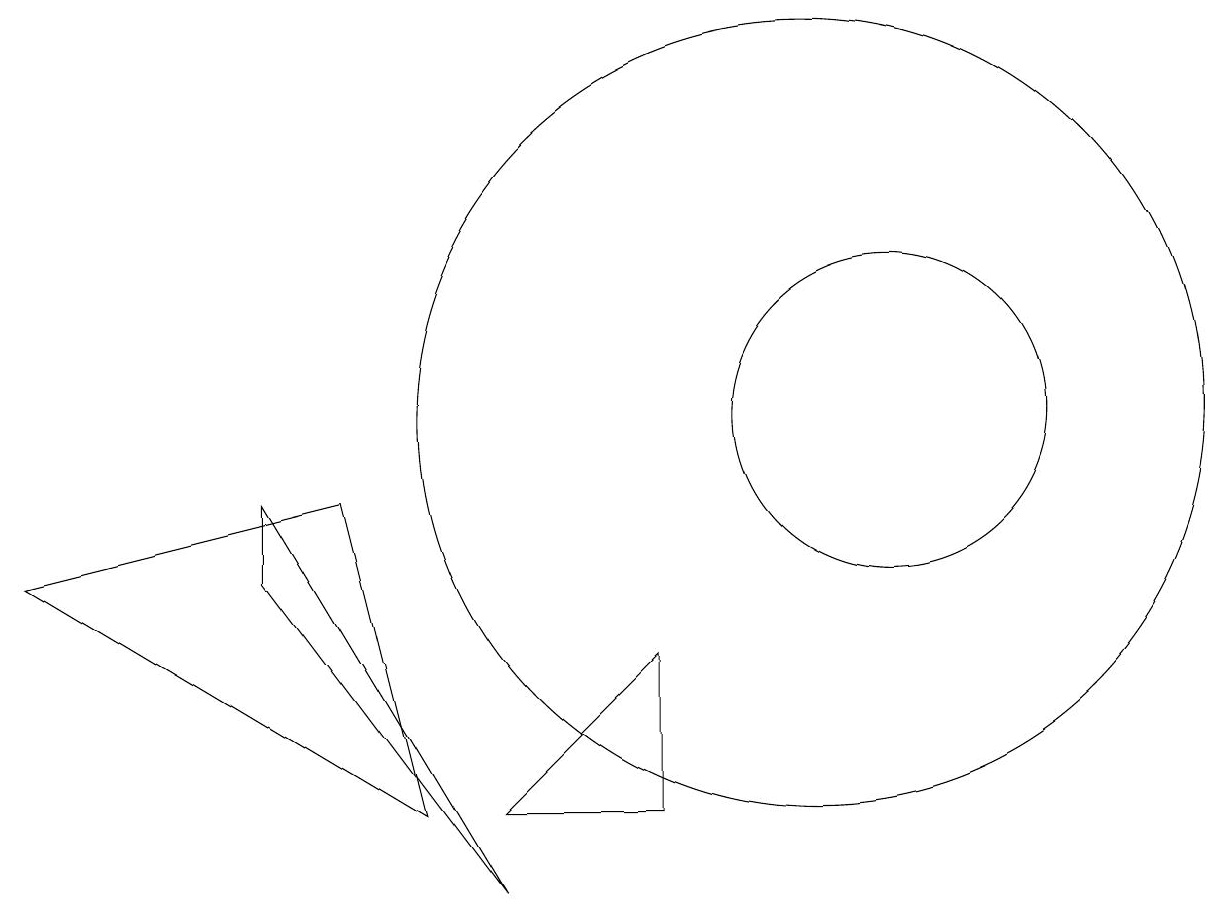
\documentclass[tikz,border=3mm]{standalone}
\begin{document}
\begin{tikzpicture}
\draw (3,8) -- (3,9) -- (6,4) -- cycle;
\draw (8,5) -- (6,5) -- (8,7) -- cycle;
\draw (11,10) circle (2);
\draw (10,10) circle (5);
\draw (4,9) -- (5,5) -- (0,8) -- cycle;
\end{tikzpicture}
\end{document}